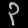
Digit: ၃